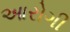
આરોગી